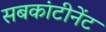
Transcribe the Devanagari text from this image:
सबकांटीनेंट